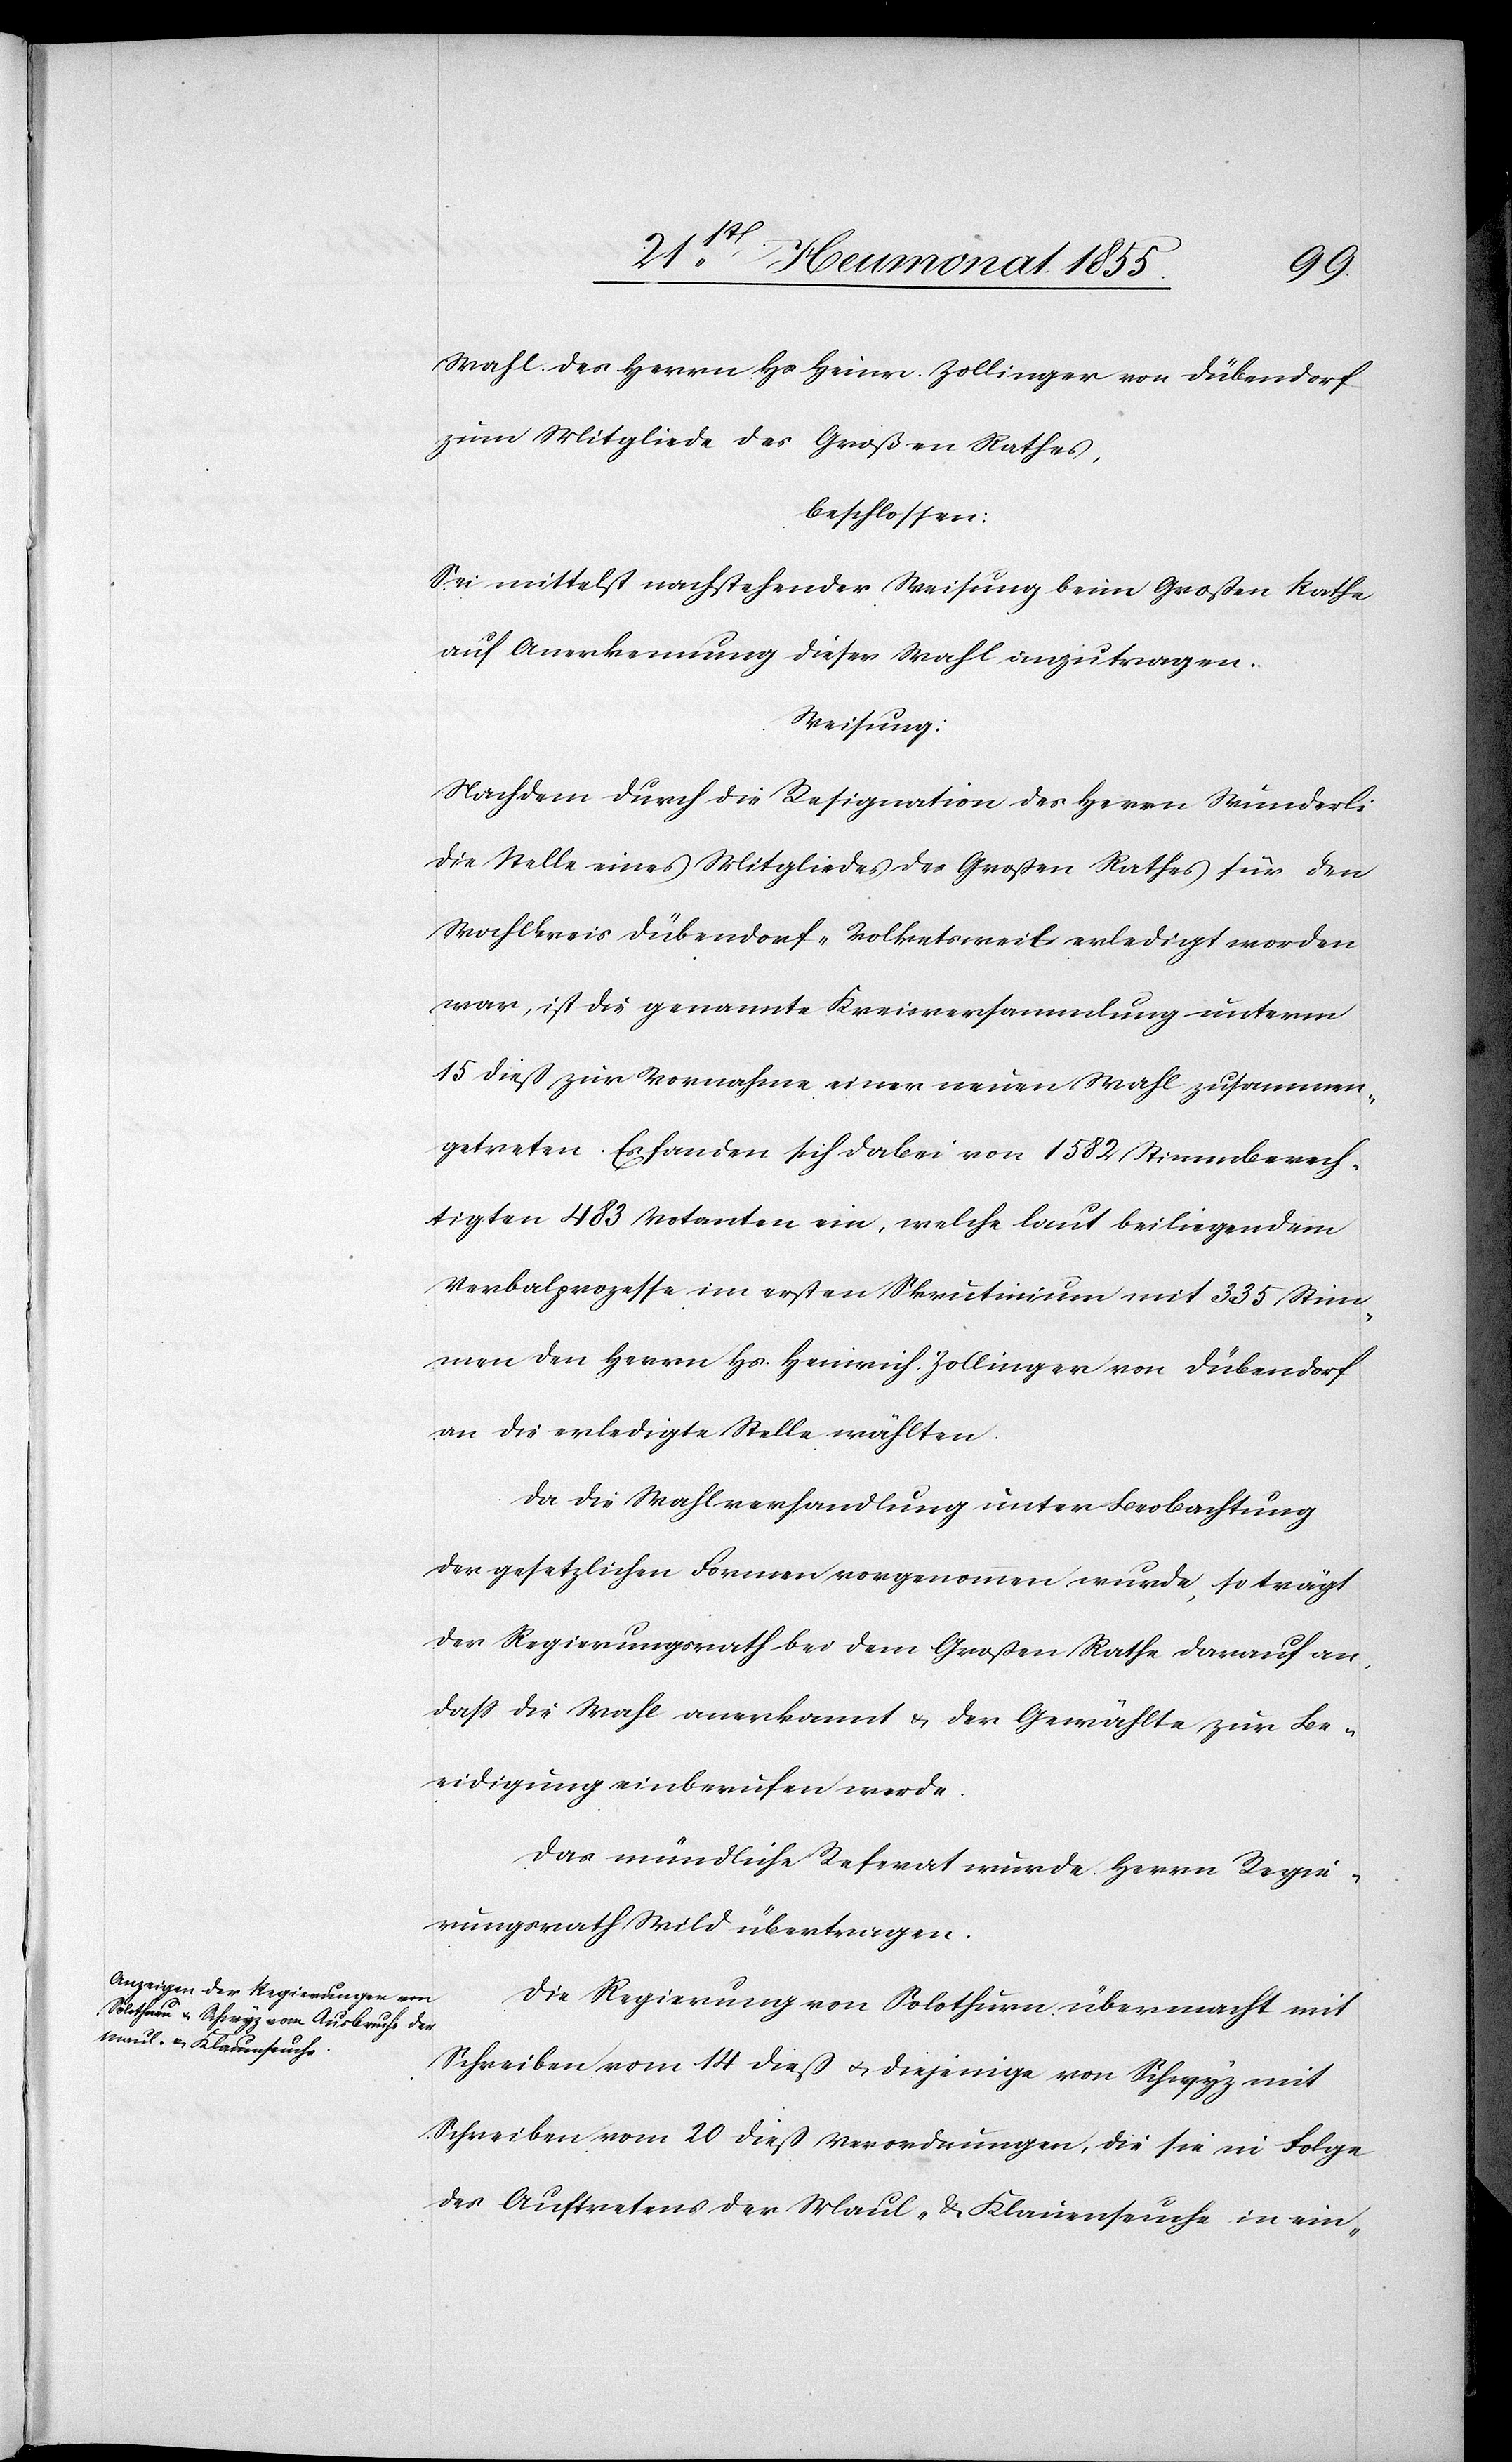
Wahl des Herrn Hs. Heinr. Zollinger von Dübendorf
zum Mitgliede des Großen Rathes,
beschlossen:
Sei mittelst nachstehender Weisung beim Großen Rathe
auf Anerkennung dieser Wahl anzutragen.
Weisung:
Nachdem durch die Resignation des Herrn Wunderli
die Stelle eines Mitgliedes des Großen Rathes für den
Wahlkreis Dübendorf-Volketsweil erledigt worden
war, ist die genannte Kreisversammlung unterm
15 dieß zur Vornahme einer neuen Wahl zusammen¬
getreten. Es fanden sich dabei von 1582 Stimmberech¬
tigten 483 Votanten ein, welche laut beiliegendem
Verbalprozesse im ersten Skrutinium mit 335 Stim¬
men den Herrn Hs. Heinrich Zollinger von Dübendorf
an die erledigte Stelle wählten.
Da die Wahlverhandlung unter Beobachtung
der gesetzlichen Formen vorgenommen wurde, so trägt
der Regierungsrath bei dem Großen Rathe darauf an,
dass die Wahl anerkannt & der Gewählte zur Be¬
eidigung einberufen werde.
Das mündliche Referat wurde Herrn Regie¬
rungsrath Wild übertragen.
Die Regierung von Solothurn übermacht mit
Schreiben vom 14 dieß & diejenige von Schwyz mit
Schreiben vom 20 dieß Verordnungen, die sie in Folge
des Auftretens der Maul- & Klauenseuche in ein-